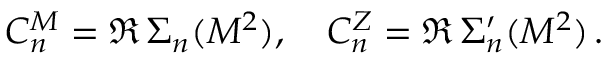
C _ { n } ^ { M } = \Re \, \Sigma _ { n } ( M ^ { 2 } ) , \quad C _ { n } ^ { Z } = \Re \, \Sigma _ { n } ^ { \prime } ( M ^ { 2 } ) \, .